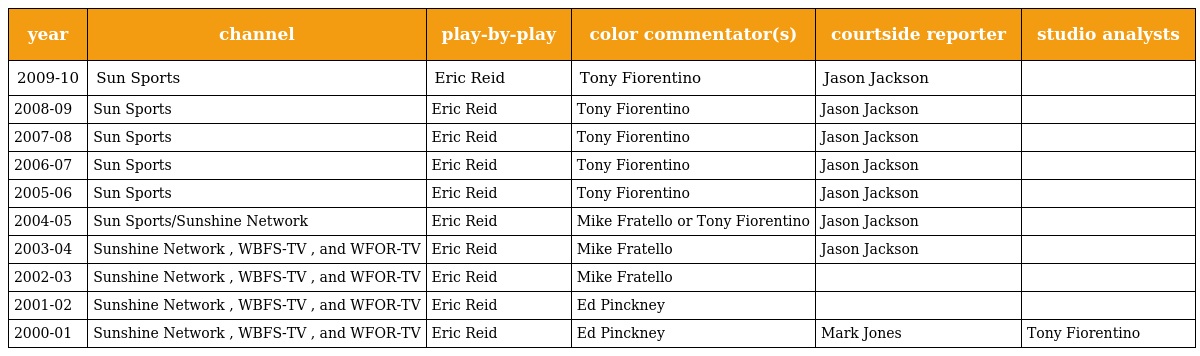
| year | channel | play-by-play | color commentator(s) | courtside reporter | studio analysts |
 | --- | --- | --- | --- | --- | --- |
 | 2009-10 | Sun Sports | Eric Reid | Tony Fiorentino | Jason Jackson |  |
 | 2008-09 | Sun Sports | Eric Reid | Tony Fiorentino | Jason Jackson |  |
 | 2007-08 | Sun Sports | Eric Reid | Tony Fiorentino | Jason Jackson |  |
 | 2006-07 | Sun Sports | Eric Reid | Tony Fiorentino | Jason Jackson |  |
 | 2005-06 | Sun Sports | Eric Reid | Tony Fiorentino | Jason Jackson |  |
 | 2004-05 | Sun Sports/Sunshine Network | Eric Reid | Mike Fratello or Tony Fiorentino | Jason Jackson |  |
 | 2003-04 | Sunshine Network , WBFS-TV , and WFOR-TV | Eric Reid | Mike Fratello | Jason Jackson |  |
 | 2002-03 | Sunshine Network , WBFS-TV , and WFOR-TV | Eric Reid | Mike Fratello |  |  |
 | 2001-02 | Sunshine Network , WBFS-TV , and WFOR-TV | Eric Reid | Ed Pinckney |  |  |
 | 2000-01 | Sunshine Network , WBFS-TV , and WFOR-TV | Eric Reid | Ed Pinckney | Mark Jones | Tony Fiorentino |